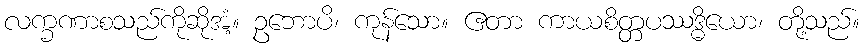
လက္ခဏာစသည်ကိုဆိုအံ့။ ဥဘောပိ၊ ကုန်သော။ ဧတာ ကာယစိတ္တပဿဒ္ဓိယော၊ တို့သည်။